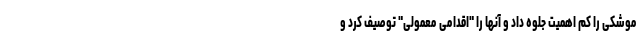
موشکی را کم اهمیت جلوه داد و آنها را "اقدامی معمولی" توصیف کرد و